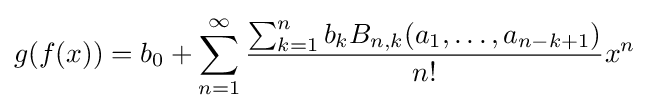
g(f(x))=b_{0}+\sum _{n=1}^{\infty }{\frac {\sum _{k=1}^{n}b_{k}B_{n,k}(a_{1},\ldots ,a_{n-k+1})}{n!}}x^{n}